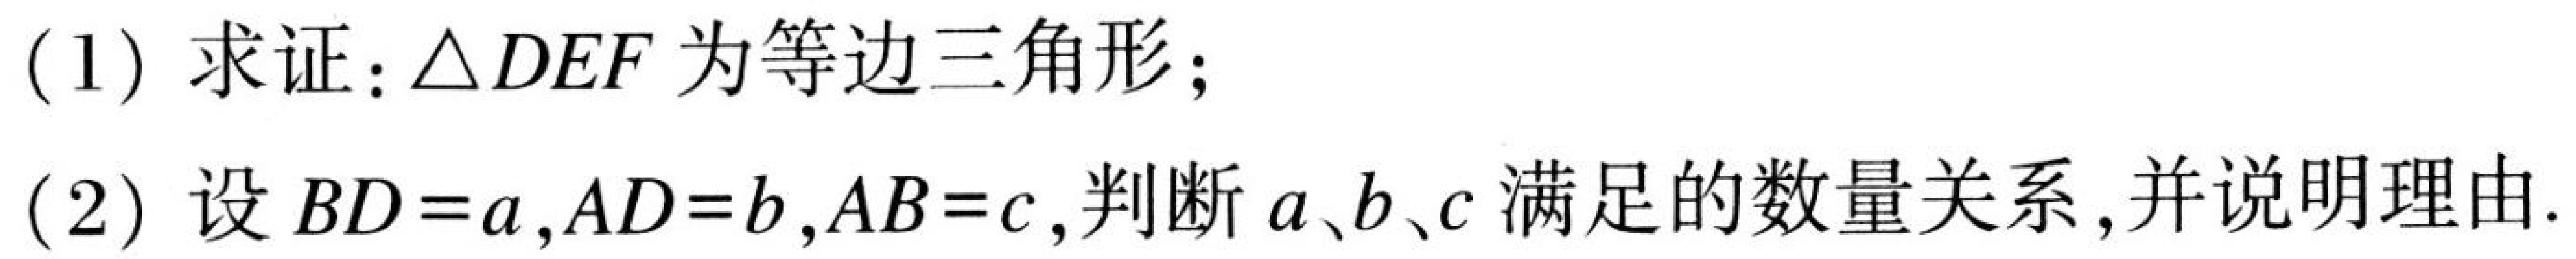
(1) 求证：\(\triangle DEF\)为等边三角形；
(2) 设\(BD = a\), \(AD = b\), \(AB = c\), 判断\(a\)、\(b\)、\(c\)满足的数量关系, 并说明理由.